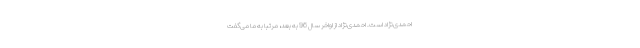
احمدی‌نژاد است. احمدی‌نژاد از اواخر سال 96 به بعد، مرتبا به ما می‌گفت